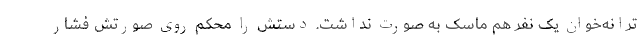
ترانه‌خوان یک نفر هم ماسک به صورت نداشت. دستش را محکم روی صورتش فشار